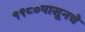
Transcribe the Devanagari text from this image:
१९८०पासूनचे